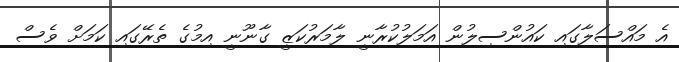
އެ މައްސަލާގައި ކައުންސިލުން އަމަލުކުރާނީ ލާމަރުކަޒީ ގާނޫނީ އިމުގެ ތެރޭގައި ކަމަށް ވެސް